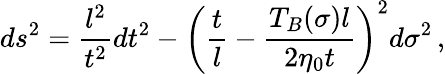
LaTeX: ds^{2}=\frac{l^{2}}{t^{2}}dt^{2}-\left(\frac tl-\frac{T_{B}(\sigma)l}{2\eta_{0}t}\right)^{2}d\sigma^{2}\, ,